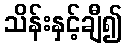
သိန်းနှင့်ချီ၍